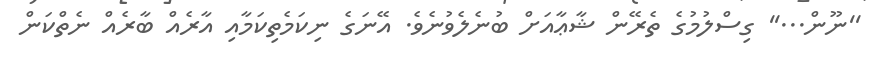
''ނޫން...'' ގިސްލުމުގެ ތެރޭން ޝާޢާއަށް ބުނެލެވުނެވެ. އޭނަގެ ނިކަމެތިކަމާއި އާރެއް ބާރެއް ނެތްކަން